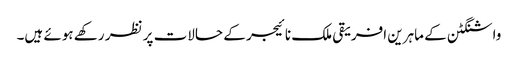
واشنگٹن کے ماہرین افریقی ملک نائیجر کے حالات پر نظر رکھے ہوئے ہیں۔